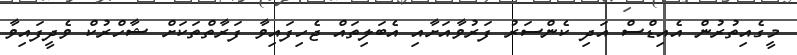
މީގެއިތުރުން އެއިޑްސް އަދި ކެންސަރު ފަރުވާއަށާއި އެބަލިތައް ޖެހިފައިވާ ފަރާތްތަކަށް ޝާހްރުކް ވެދީފައިވާ